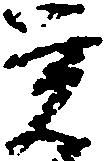
覚